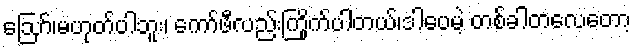
ဪ၊မဟုတ်ပါဘူး၊ ကော်ဖီလည်းကြိုက်ပါတယ်၊ဒါပေမဲ့ တစ်ခါတလေတော့